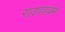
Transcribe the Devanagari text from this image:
राउण्डवर्म